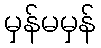
မှန်မမှန်